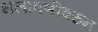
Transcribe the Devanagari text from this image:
भलावणीवरुन